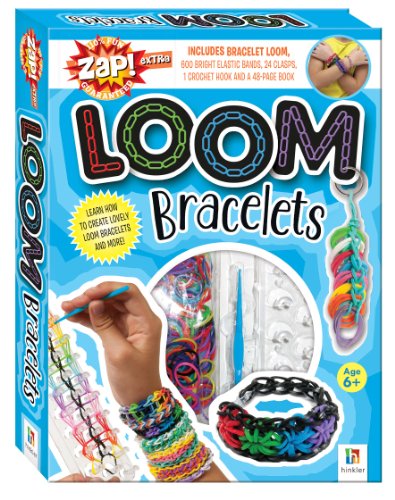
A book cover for Loom Bracelets Kit; Hinkler; Teen & Young Adult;